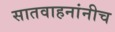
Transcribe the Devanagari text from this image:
सातवाहनांनीच